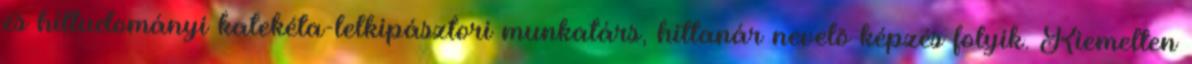
és hittudományi katekéta-lelkipásztori munkatárs, hittanár nevelõ képzés folyik. Kiemelten